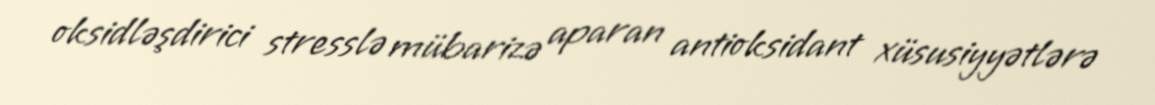
oksidləşdirici stresslə mübarizə aparan antioksidant xüsusiyyətlərə